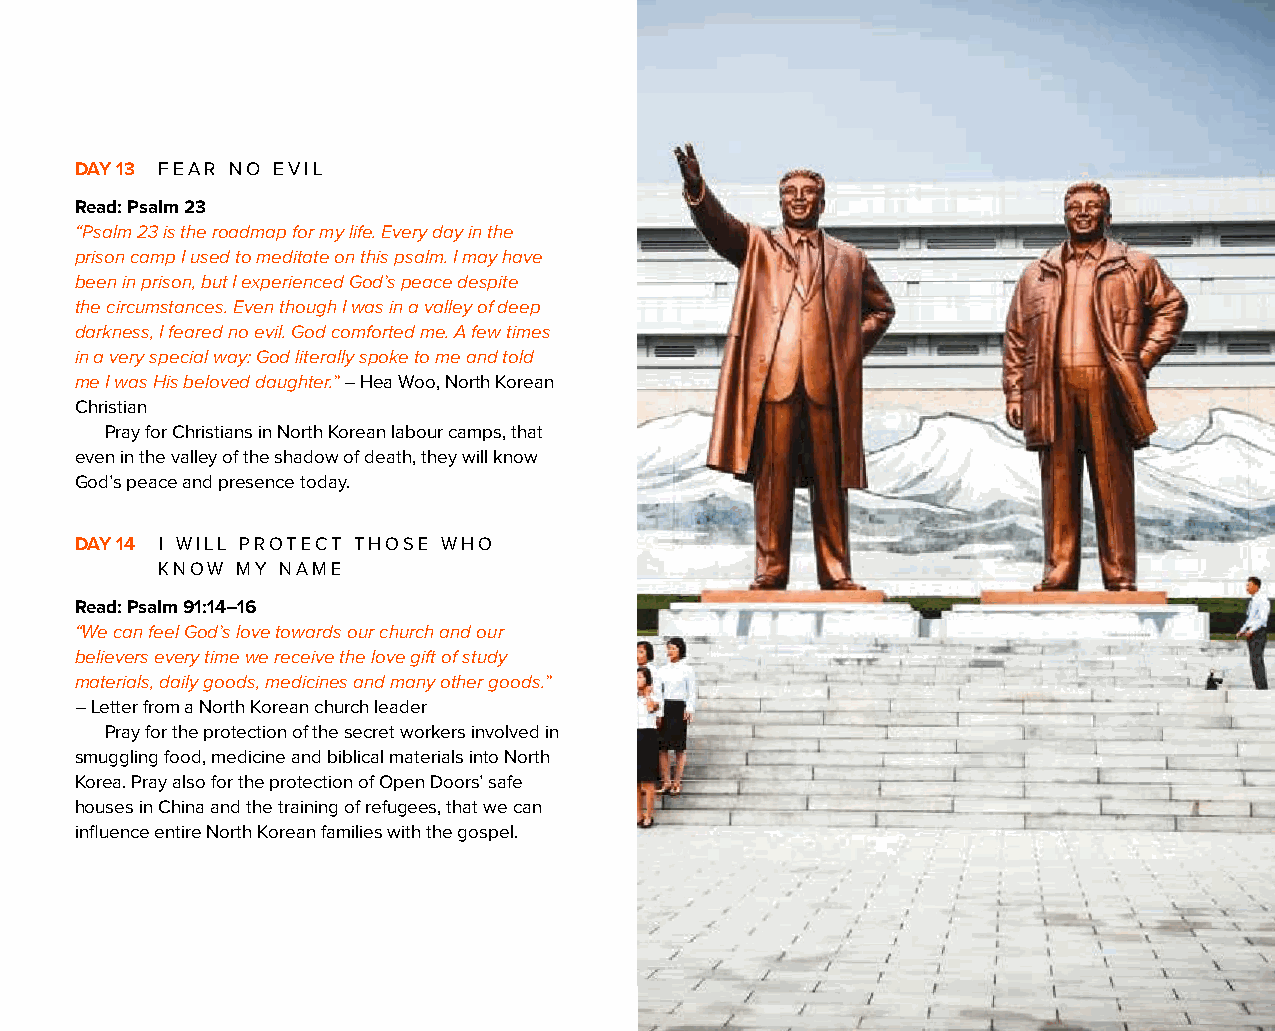
DAY 13 FEAR NO EVIL
 Read: Psalm 23
 “Psalm 23 is the roadmap for my life. Every day in the
 prison camp I used to meditate on this psalm. I may have
 been in prison, but I experienced God’s peace despite
 the circumstances. Even though I was in a valley of deep
 darkness, I feared no evil. God comforted me. A few times
 in a very special way: God literally spoke to me and told
 me I was His beloved daughter.” – Hea Woo, North Korean
 Christian
 Pray for Christians in North Korean labour camps, that
 even in the valley of the shadow of death, they will know
 God’s peace and presence today.
 DAY 14 I WILL PROTECT THOSE WHO
 KNOW MY NAME
 Read: Psalm 91:14–16
 “We can feel God’s love towards our church and our
 believers every time we receive the love gift of study
 materials, daily goods, medicines and many other goods.”
 – Letter from a North Korean church leader
 Pray for the protection of the secret workers involved in
 smuggling food, medicine and biblical materials into North
 Korea. Pray also for the protection of Open Doors’ safe
 houses in China and the training of refugees, that we can
 influence entire North Korean families with the gospel.